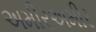
અમીરઅમીર